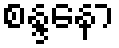
စန္ဒနော